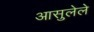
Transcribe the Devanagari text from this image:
आसुलेले